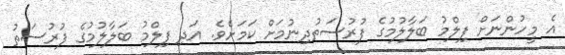
އެ މީހުންނަށް ފިލްމު ބަލާލުމުގެ ފުރުސަތުދިނުމަށް ކަމަށެވެ. އަދި ފިލްމު ބަލާލުމުގެ ފުރުސަތު